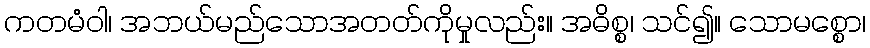
ကတမံဝါ၊ အဘယ်မည်သောအတတ်ကိုမှုလည်း။ အဓိစ္စ၊ သင်၍။ သောမစ္စော၊